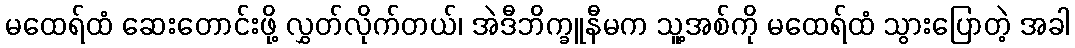
မထေရ်ထံ ဆေးတောင်းဖို့ လွှတ်လိုက်တယ်၊ အဲဒီဘိက္ခူနီမက သူ့အစ်ကို မထေရ်ထံ သွားပြောတဲ့ အခါ